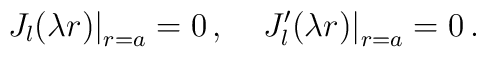
\left. J_l(\lambda r)\right|_{r=a}=0\,{,} \quad\left. J'_l(\lambda r)\right|_{r=a}=0\,{.}